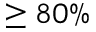
\geq 8 0 \%